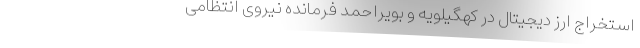
استخراج ارز دیجیتال در کهگیلویه و بویراحمد فرمانده نیروی انتظامی